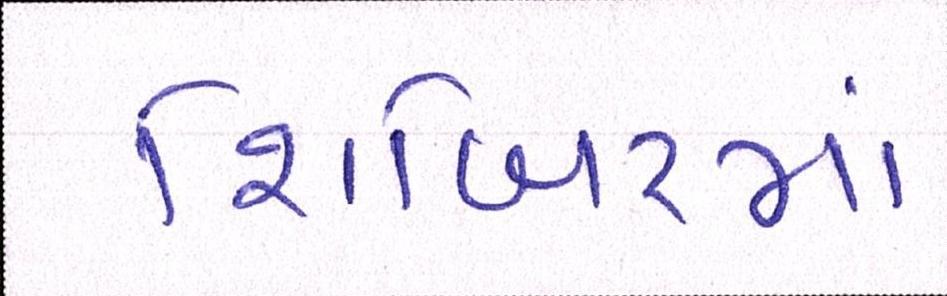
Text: શિબિરમાં